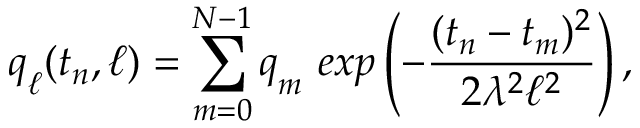
\boldsymbol { q } _ { \ell } ( t _ { n } , \ell ) = \sum _ { m = 0 } ^ { N - 1 } \boldsymbol { q } _ { m } ~ e x p \left( - \frac { ( t _ { n } - t _ { m } ) ^ { 2 } } { 2 \lambda ^ { 2 } \ell ^ { 2 } } \right) ,